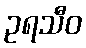
ဥရသီဝ